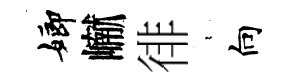
嫏𪩘徘裊向